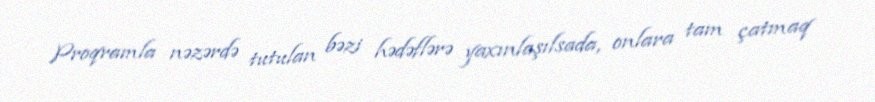
Proqramla nəzərdə tutulan bəzi hədəflərə yaxınlaşılsada, onlara tam çatmaq